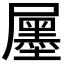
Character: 𡳫